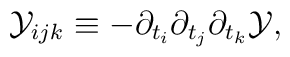
{\cal Y}_{ijk}\equiv -\partial_{t_{i}}\partial_{t_{j}}\partial_{t_{k}}{\cal Y},